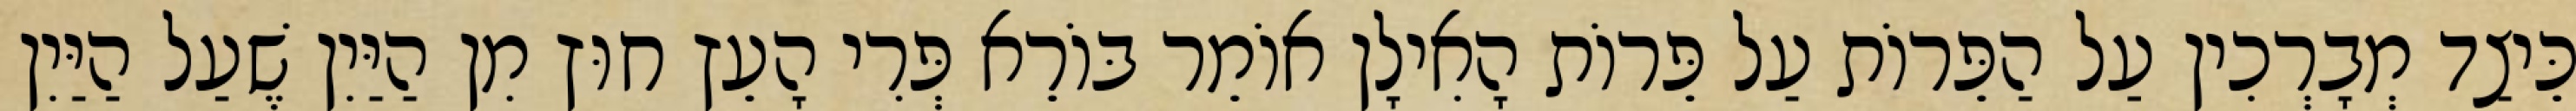
כֵּיצַד מְבָרְכִין עַל הַפֵּרוֹת עַל פֵּרוֹת הָאִילָן אוֹמֵר בּוֹרֵא פְּרִי הָעֵץ חוּץ מִן הַיַּיִן שֶׁעַל הַיַּיִן